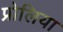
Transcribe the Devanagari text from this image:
प्रोलिया